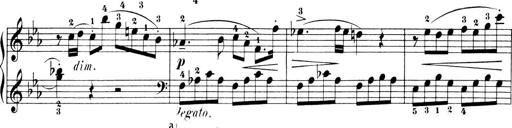
Title: 6 Piano Sonatinas
Composer: Cornelius Gurlitt